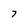
Character: 7